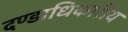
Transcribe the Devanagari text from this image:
दण्डाधिकारीय